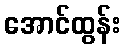
အောင်ထွန်း